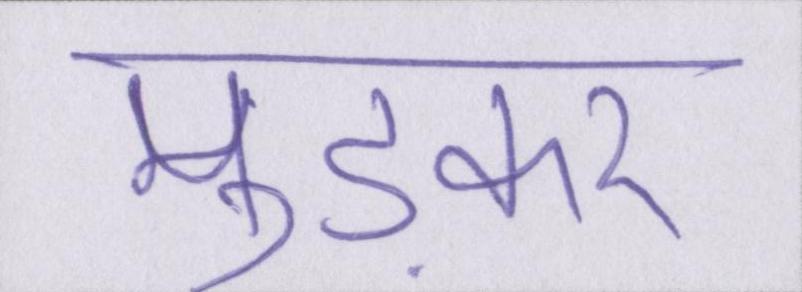
मुड़कर